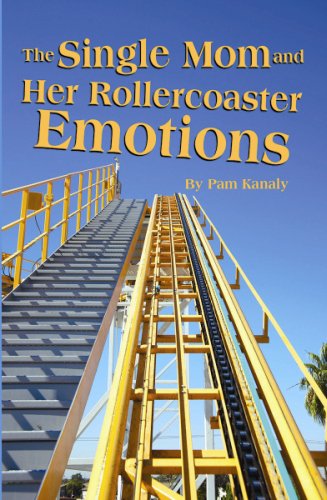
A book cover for Single Mom and Her Rollercoaster Emotions, The; Pam Kanaly; Parenting & Relationships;